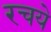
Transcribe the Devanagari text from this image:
रचये